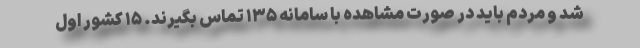
شد و مردم باید در صورت مشاهده با سامانه ۱۳۵ تماس بگیرند. ۱۵ کشور اول